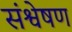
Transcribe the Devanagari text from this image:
संश्वेषण